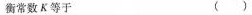
衡常数K等于 ()